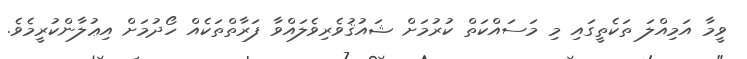
ވީމާ އަމިއްލަ ތަކެތީގައި މި މަސައްކަތް ކުރުމަށް ޝައުޤުވެރިވެލައްވާ ފަރާތްތަކެއް ހޯދުމަށް އިޢުލާންކުރީމެވެ.